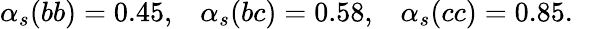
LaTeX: \alpha_{s}(bb)=0.45,\; \; \; \alpha_{s}(bc)=0.58,\; \; \; \alpha_{s}(cc)=0.85.\; \; \;